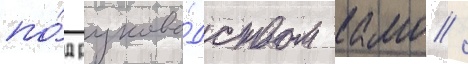
по́д руково́дством камо /